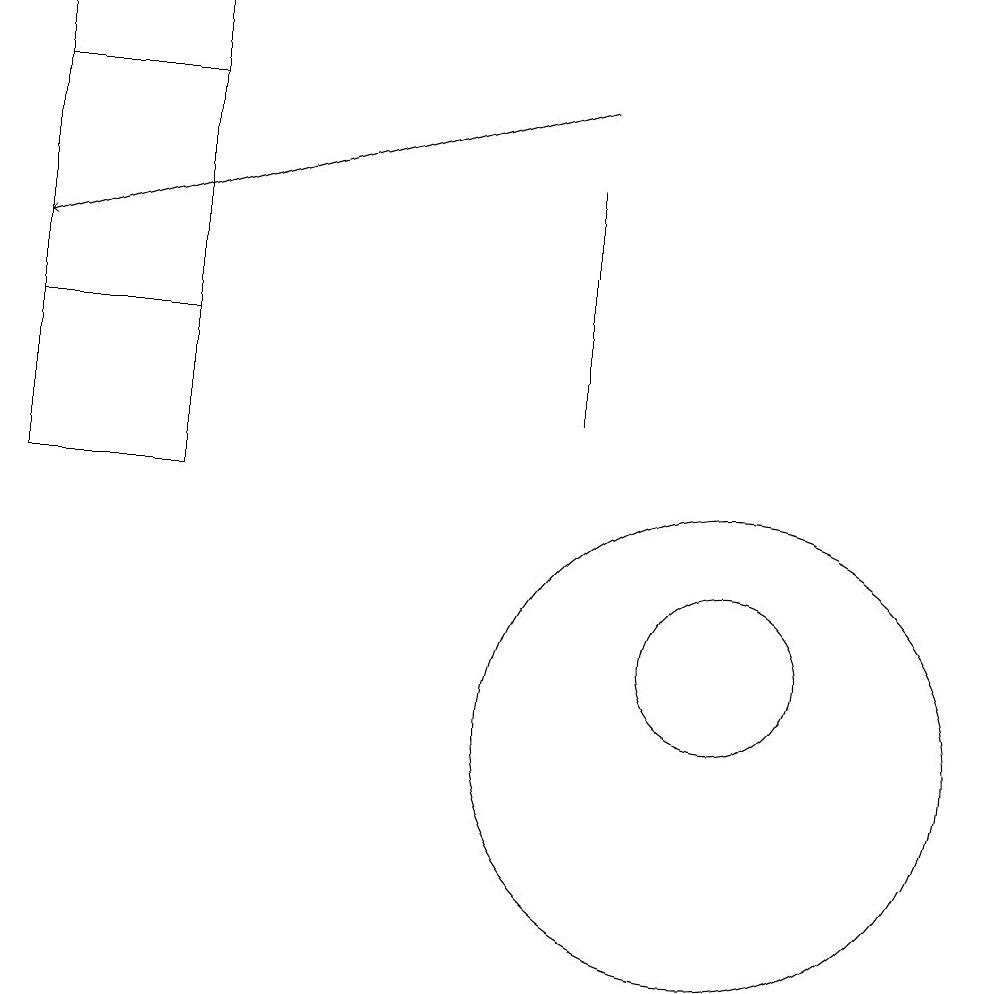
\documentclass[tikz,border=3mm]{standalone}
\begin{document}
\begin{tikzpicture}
\draw (9,14) rectangle (9,17);
\draw (4,19) rectangle (2,15);
\draw[->] (9,18) -- (2,16);
\draw (4,18) rectangle (2,13);
\draw (11,11) circle (1);
\draw (11,10) circle (3);
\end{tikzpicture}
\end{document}